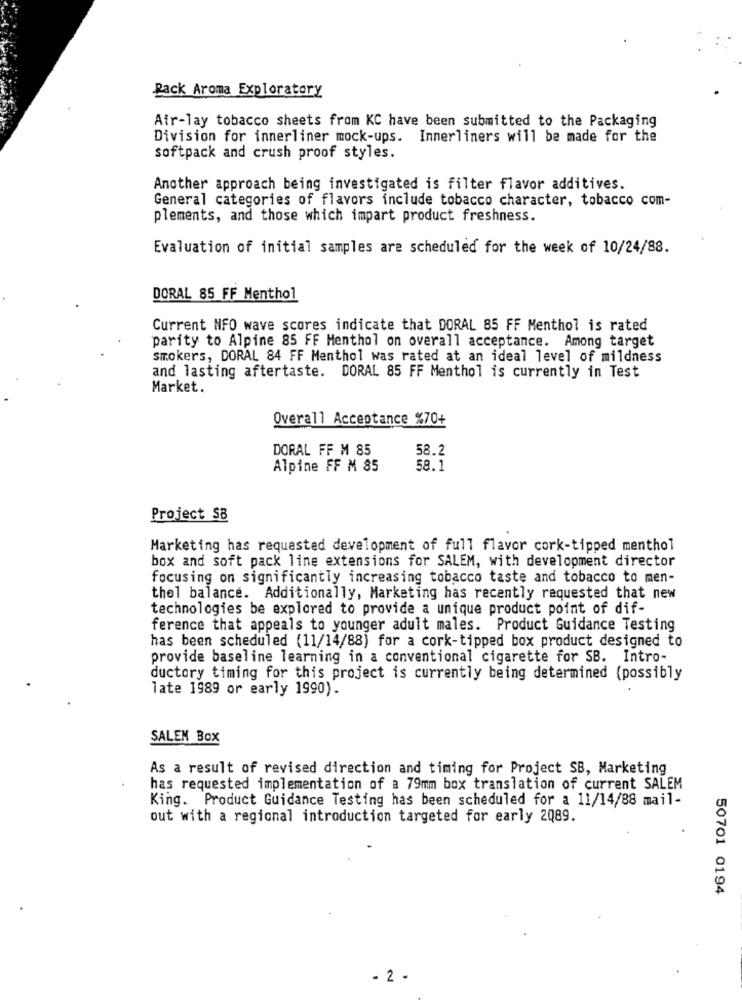
Pack Aroma Exploratory
Air-lay tobacco sheets from KC have been submitted to the Packaging
Division for innerliner mock-ups. Innerliners will be made for the
softpack and crush proof styles.
Another approach being investigated is filter flavor additives.
General categories of flavors include tobacco character, tobacco com-
plements, and those which impart product freshness.
Evaluation of initial samples are scheduled for the week of 10/24/88.
DORAL 85 FF Menthol
Current NFO wave scores indicate that DORAL 85 FF Menthol is rated
parity to Alpine 85 FF Menthol on overall acceptance. Among target
smokers, DORAL 84 FF Menthol was rated at an ideal level of mildness
and lasting aftertaste. DORAL 85 FF Menthol is currently in Test
Market.
Overall Acceptance %70+
DORAL FF M 85
58.2
Alpine FF M 85
58.1
Project $B
Marketing has requested development of full flavor cork-tipped menthol
box and soft pack line extensions for SALEM, with development director
focusing on significantly increasing tobacco taste and tobacco to men-
thel balance. Additionally, Marketing has recently requested that new
technologies be explored to provide a unique product point of dif-
ference that appeals to younger adult males. Product Guidance Testing
has been scheduled (11/14/88) for a cork-tipped box product designed to
provide baseline learning in a conventional cigarette for SB. Intro-
ductory timing for this project is currently being determined (possibly
late 1989 or early 1990).
SALEN Box
As a result of revised direction and timing for Project SB, Marketing
has requested implementation of a 79mm box translation of current SALEM
King. Product Guidance Testing has been scheduled for a 11/14/88 mail-
out with a regional introduction targeted for early 2089.
50701 0194
- 2 .